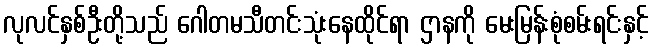
လုလင်နှစ်ဦးတို့သည် ဂေါတမသီတင်းသုံးနေထိုင်ရာ ဌာနကို မေးမြန်းစုံစမ်းရင်းနှင့်